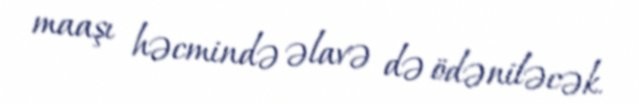
maaşı həcmində əlavə də ödəniləcək.